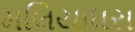
મલિયાધરા